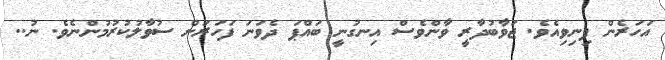
އަހަރެން ފިނިވިއެވެ. ޖަވާބުދާރީ ވާންވެސް އިނގުނީ ބައްޕަ ދެވަނަ ފަހަރަށް ސުވާލުކުރުމުންނެވެ. ނު..